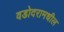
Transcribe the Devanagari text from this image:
वडोदरामधील